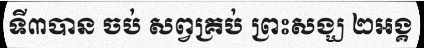
ទី៣បាន ចប់ សព្វគ្រប់ ព្រះសង្ឃ ២អង្គ